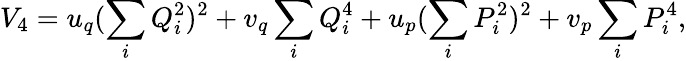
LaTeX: V_{4}=u_{q}(\sum_{i}Q_{i}^{2})^{2}+v_{q}\sum_{i}Q_{i}^{4}+u_{p}(\sum_{i}P_{i}^{2})^{2}+v_{p}\sum_{i}P_{i}^{4},